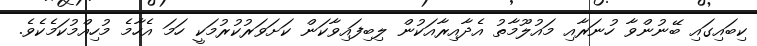
ކިބައިގައި ބޭނުންވާ ހުނަރާއި މައުލޫމާތު އެދާއިރާއަކުން ލިބިފައިވާކަން ކަށަވަރުކުރުމަކީ ހަމަ އެހާމެ މުހިއްމުކަމެކެވެ.